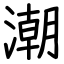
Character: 潮